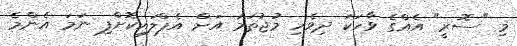
މި "ސޮރީ" އެއްގެ ވާހަކަ ދިވެހި މުޖުތަމަ އަށް އެޕްލައިކޮށްފި ނަމަ އެންމެ